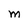
Character: M